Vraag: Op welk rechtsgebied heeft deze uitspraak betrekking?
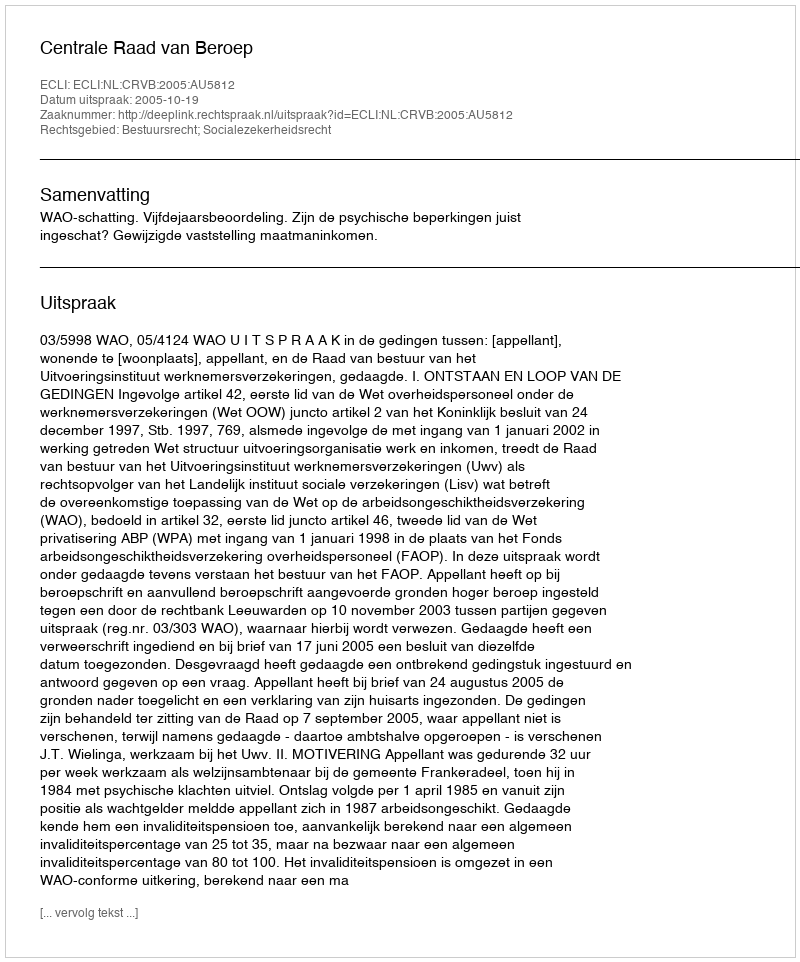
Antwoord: Bestuursrecht; Socialezekerheidsrecht